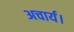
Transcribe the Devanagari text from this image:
अचार्य।